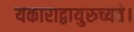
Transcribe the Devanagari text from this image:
यकाराद्वायुरुच्यते।